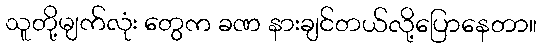
သူတို့မျက်လုံး တွေက ခဏ နားချင်တယ်လို့ပြောနေတာ။